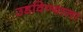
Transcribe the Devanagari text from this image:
उडविण्याला